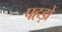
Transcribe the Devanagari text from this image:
पहड़ों